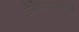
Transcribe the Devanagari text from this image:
लैकिकन्यायसाहस्री